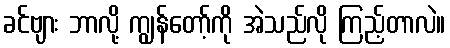
ခင်ဗျား ဘာလို့ ကျွန်တော့်ကို အဲသည်လို ကြည့်တာလဲ။